Oriental or Dehli sore - Number 13
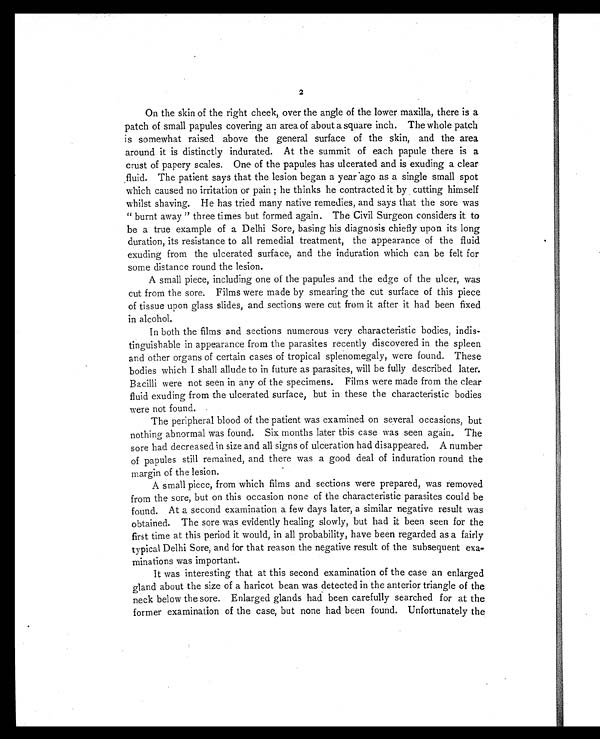
2
On the skin of the right cheek, over the angle of the lower maxilla, there is a
patch of small papules covering an area of about a square inch. The whole patch
is somewhat raised above the general surface of the skin, and the area
around it is distinctly indurated. At the summit of each papule there is a
crust of papery scales. One of the papules has ulcerated and is exuding a clear
fluid. The patient says that the lesion began a year ago as a single small spot
which caused no irritation or pain ; he thinks he contracted it by cutting himself
whilst shaving. He has tried many native remedies, and says that the sore was
" burnt away " three times but formed again. The Civil Surgeon considers it to
be a true example of a Delhi Sore, basing his diagnosis chiefly upon its long
duration, its resistance to all remedial treatment, the appearance of the fluid
exuding from the ulcerated surface, and the induration which can be felt for
some distance round the lesion.
A small piece, including one of the papules and the edge of the ulcer, was
cut from the sore. Films were made by smearing the cut surface of this piece
of tissue upon glass slides, and sections were cut from it after it had been fixed
in alcohol.
In both the films and sections numerous very characteristic bodies, indis-
tinguishable in appearance from the parasites recently discovered in the spleen
and other organs of certain cases of tropical splenomegaly, were found. These
bodies which I shall allude to in future as parasites, will be fully described later.
Bacilli were not seen in any of the specimens. Films were made from the clear
fluid exuding from the ulcerated surface, but in these the characteristic bodies
were not found.
The peripheral blood of the patient was examined on several occasions, but
nothing abnormal was found. Six months later this case was seen again. The
sore had decreased in size and all signs of ulceration had disappeared. A number
of papules still remained, and there was a good deal of induration round the
margin of the lesion.
A small piece, from which films and sections were prepared, was removed
from the sore, but on this occasion none of the characteristic parasites could be
found. At a second examination a few days later, a similar negative result was
obtained. The sore was evidently healing slowly, but had it been seen for the
first time at this period it would, in all probability, have been regarded as a fairly
typical Delhi Sore, and for that reason the negative result of the subsequent exa-
minations was important.
It was interesting that at this second examination of the case an enlarged
gland about the size of a haricot bean was detected in the anterior triangle of the
neck below the sore. Enlarged glands had been carefully searched for at the
former examination of the case, but none had been found. Unfortunately the